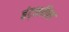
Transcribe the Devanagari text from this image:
हंट्सविल